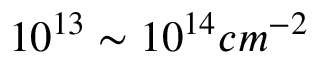
1 0 ^ { 1 3 } \sim 1 0 ^ { 1 4 } c m ^ { - 2 }